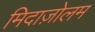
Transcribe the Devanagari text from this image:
मिदाज़ोलम